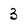
Character: 3